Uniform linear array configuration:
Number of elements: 64
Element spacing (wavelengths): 0.5
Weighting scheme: blackman
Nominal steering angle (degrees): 60
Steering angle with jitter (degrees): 60.073
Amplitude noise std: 0.05
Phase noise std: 0.05

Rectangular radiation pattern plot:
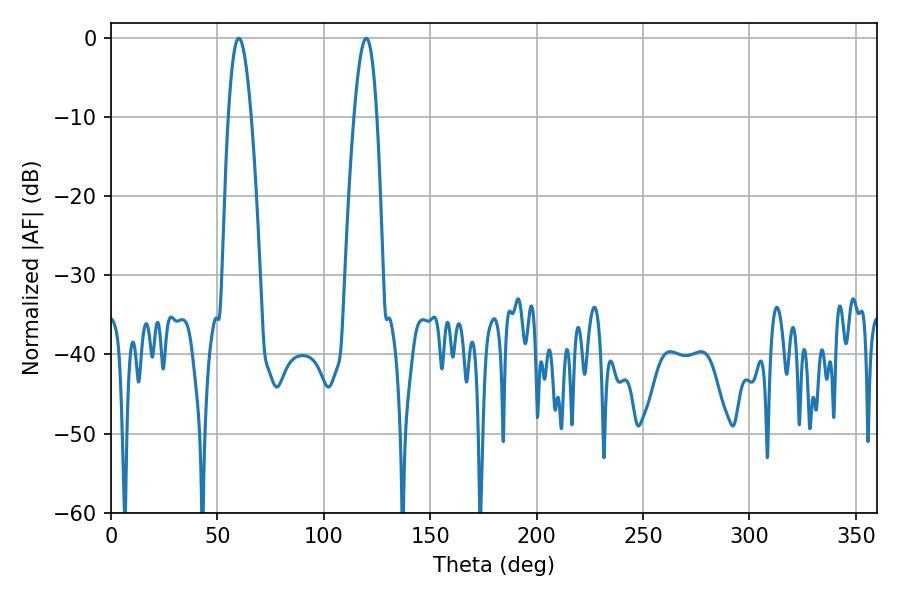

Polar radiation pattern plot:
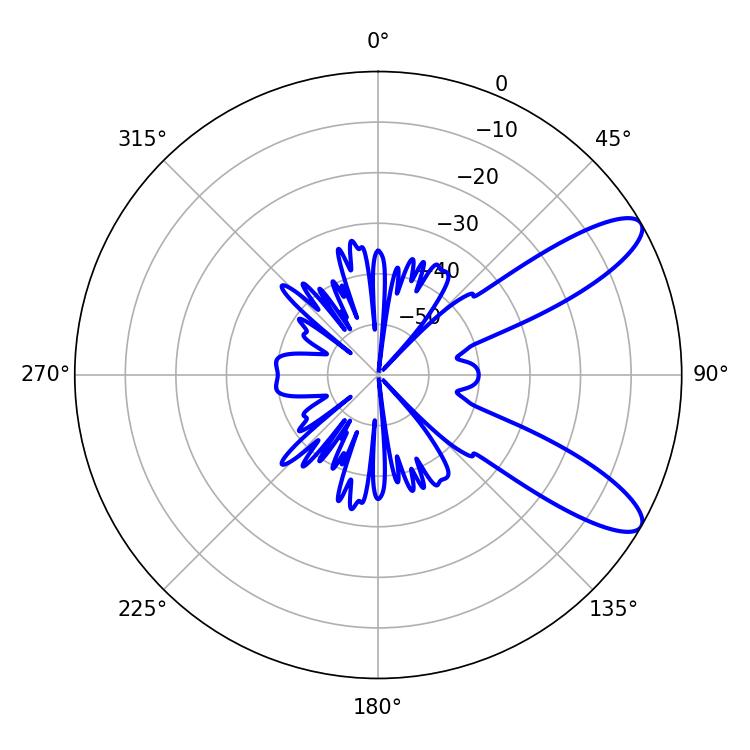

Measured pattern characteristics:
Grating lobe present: FALSE
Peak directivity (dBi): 10.154
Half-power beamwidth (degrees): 5.94
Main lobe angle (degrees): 60.12